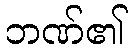
ဘဏ်၏